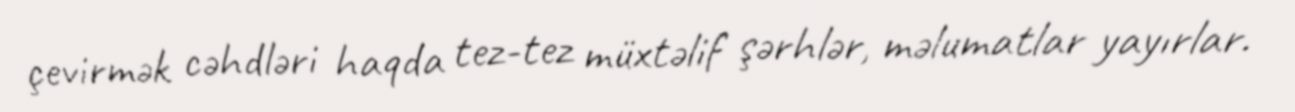
çevirmək cəhdləri haqda tez-tez müxtəlif şərhlər, məlumatlar yayırlar.